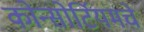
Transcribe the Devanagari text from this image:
कोन्सोर्टियमचे